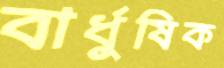
বার্ধুষিক